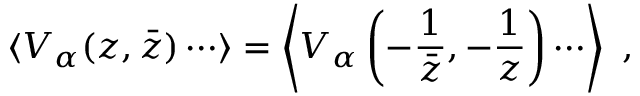
\langle V _ { \alpha } ( z , \bar { z } ) \cdots \rangle = \left\langle V _ { \alpha } \left( - \frac { 1 } { \bar { z } } , - \frac { 1 } { z } \right) \cdots \right\rangle ~ ,